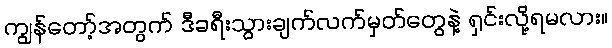
ကျွန်တော့်အတွက် ဒီခရီးသွားချက်လက်မှတ်တွေနဲ့ ရှင်းလို့ရမလား။